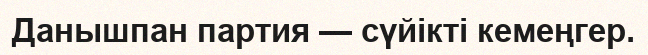
Данышпан партия — сүйікті кемеңгер.